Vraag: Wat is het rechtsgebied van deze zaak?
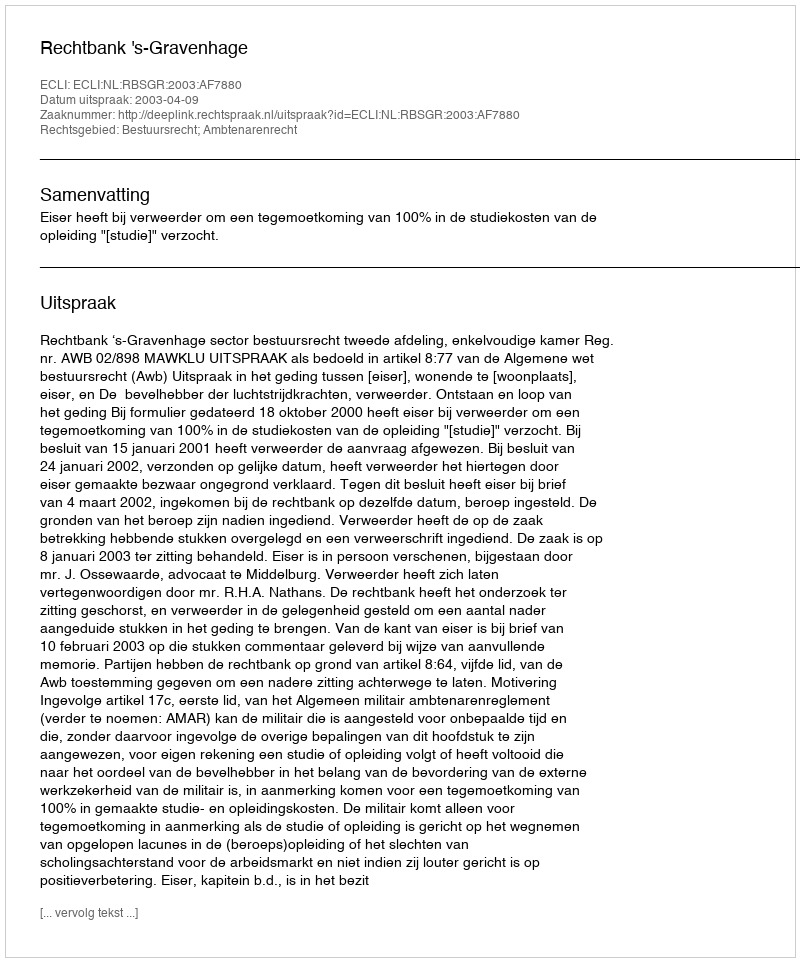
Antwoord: Bestuursrecht; Ambtenarenrecht